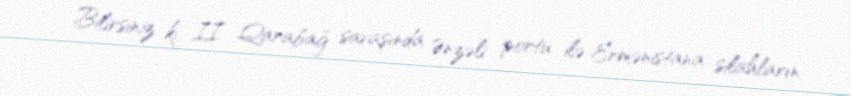
Bilirsiniz ki, II Qarabağ savaşında Ənzəli portu ilə Ermənistana silahların